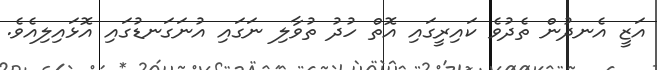
އަޒީ އެނދުން ތެދުވެ ކައިރީގައި އޮތް ހުދު ތުވާލި ނަގައި އުނަގަނޑުގައި އޮޅައިލިއެވެ.